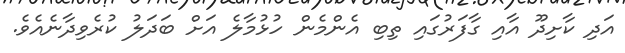
އަދި ކާށިދޫ އާއި ގާފަރުގައި ތިބި އެންމެން ހުޅުމާލެ އަށް ބަދަލު ކުރެވިދާނެއެވެ.